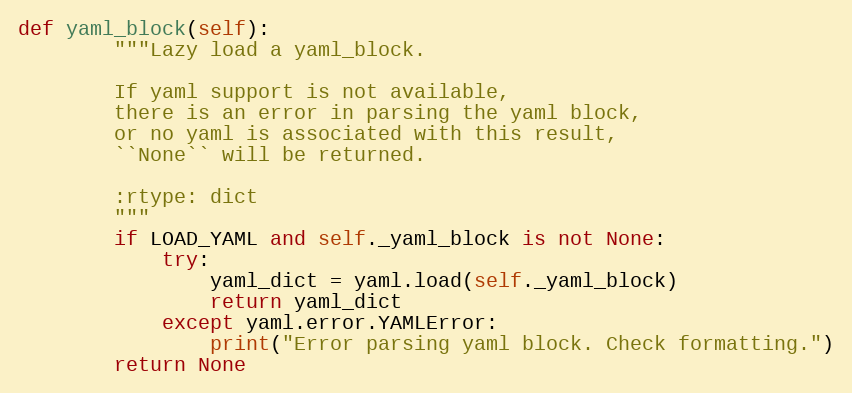
Language: Python
def yaml_block(self):
        """Lazy load a yaml_block.

        If yaml support is not available,
        there is an error in parsing the yaml block,
        or no yaml is associated with this result,
        ``None`` will be returned.

        :rtype: dict
        """
        if LOAD_YAML and self._yaml_block is not None:
            try:
                yaml_dict = yaml.load(self._yaml_block)
                return yaml_dict
            except yaml.error.YAMLError:
                print("Error parsing yaml block. Check formatting.")
        return None